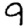
Digit: 9